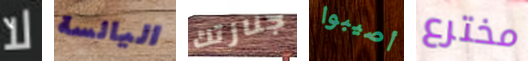
لا اليائسة جنازتك أصيبوا مخترع